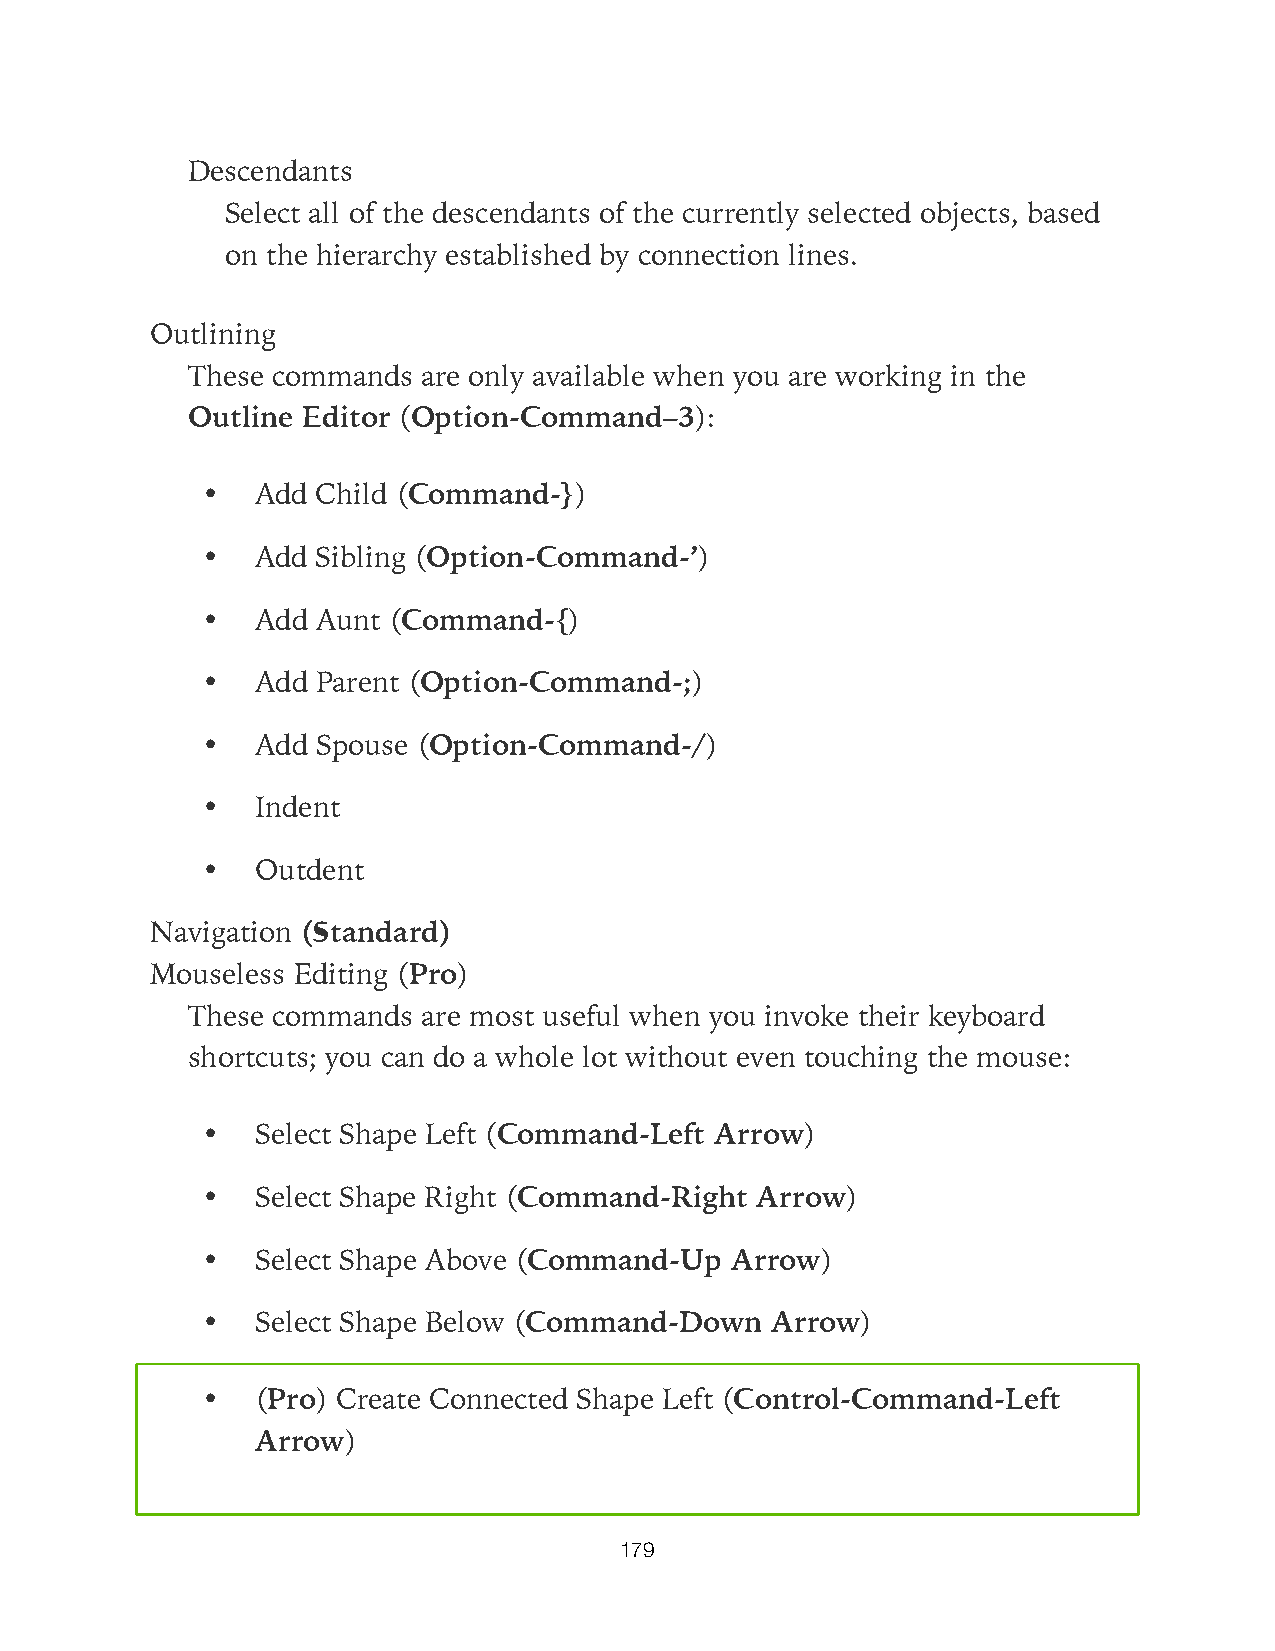
Descendants
 Select all of the descendants of the currently selected objects, based
 on the hierarchy established by connection lines.
 Outlining
 These commands  are only available when you are working in the
 Outline Editor (Option-Command–3):
 •   Add Child (Command-})
 •   Add Sibling (Option-Command-’)
 •   Add Aunt (Command-{)
 •   Add Parent (Option-Command-;)
 •   Add Spouse (Option-Command-/)
 •   Indent
 •   Outdent
 Navigation (Standard)
 Mouseless Editing (Pro)
 These commands  are most useful when you invoke their keyboard
 shortcuts; you can do a whole lot without even touching the mouse:
 •   Select Shape Left (Command-Left Arrow)
 •   Select Shape Right (Command-Right Arrow)
 •   Select Shape Above (Command-Up Arrow)
 •   Select Shape Below (Command-Down  Arrow)
 •   (Pro) Create Connected Shape Left (Control-Command-Left
 Arrow)
 179